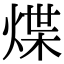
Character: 煠